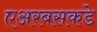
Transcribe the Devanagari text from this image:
एअरबसकडे